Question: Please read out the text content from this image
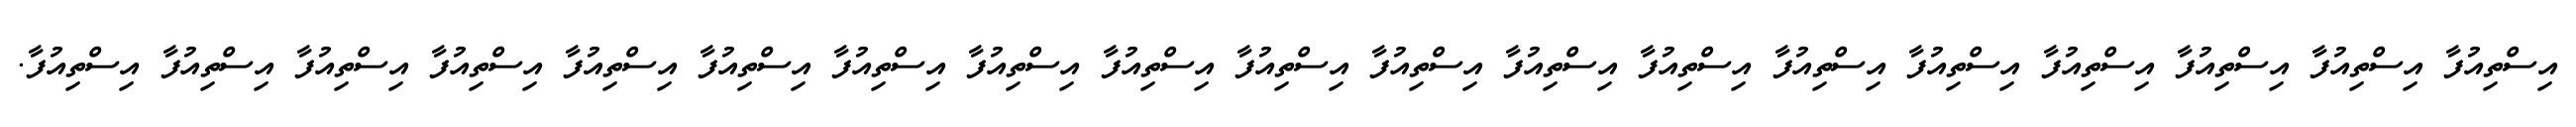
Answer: އިސްތިއުފާ އިސްތިއުފާ އިސްތިއުފާ އިސްތިއުފާ އިސްތިއުފާ އިސްތިއުފާ އިސްތިއުފާ އިސްތިއުފާ އިސްތިއުފާ އިސްތިއުފާ އިސްތިއުފާ އިސްތިއުފާ އިސްތިއުފާ އިސްތިއުފާ އިސްތިއުފާ އިސްތިއުފާ އިސްތިއުފާ އިސްތިއުފާ އިސްތިއުފާ.